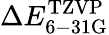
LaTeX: \Delta E_{\mathrm{6-31G}}^{\mathrm{TZVP}}